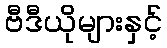
ဗီဒီယိုများနှင့်